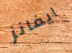
ايفانز